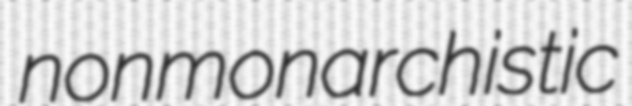
nonmonarchistic